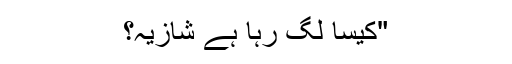
"کیسا لگ رہا ہے شازیہ؟